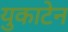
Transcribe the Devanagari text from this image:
युकाटेन